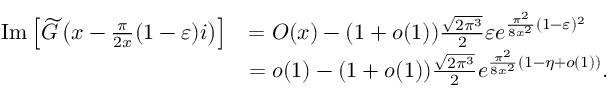
\begin{array} { r l } { \mathrm { \normalfont ~ I m } \left[ \widetilde { G } \left( x - \frac { \pi } { 2 x } ( 1 - \varepsilon ) i \right) \right] } & { = O ( x ) - ( 1 + o ( 1 ) ) \frac { \sqrt { 2 \pi ^ { 3 } } } { 2 } \varepsilon e ^ { \frac { \pi ^ { 2 } } { 8 x ^ { 2 } } ( 1 - \varepsilon ) ^ { 2 } } } \\ & { = o ( 1 ) - ( 1 + o ( 1 ) ) \frac { \sqrt { 2 \pi ^ { 3 } } } { 2 } e ^ { \frac { \pi ^ { 2 } } { 8 x ^ { 2 } } ( 1 - \eta + o ( 1 ) ) } . } \end{array}